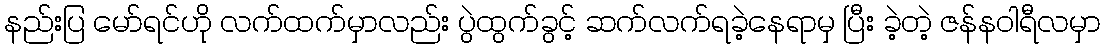
နည်းပြ မော်ရင်ဟို လက်ထက်မှာလည်း ပွဲထွက်ခွင့် ဆက်လက်ရခဲ့နေရာမှ ပြီး ခဲ့တဲ့ ဇန်နဝါရီလမှာ